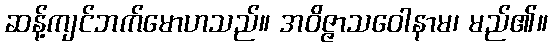
ဆန့်ကျင်ဘက်မောဟသည်။ အဝိဇ္ဇာသဝေါနာမ၊ မည်၏။